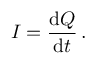
I = { \frac { \mathrm { d } Q } { \mathrm { d } t } } \, .